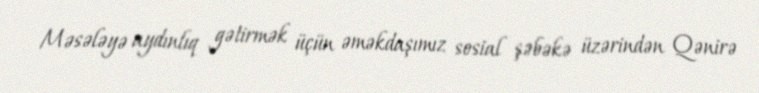
Məsələyə aydınlıq gətirmək üçün əməkdaşımız sosial şəbəkə üzərindən Qənirə